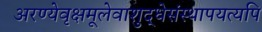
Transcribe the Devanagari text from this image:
अरण्येवृक्षमूलेवाशुद्धेसंस्थापयत्यपि